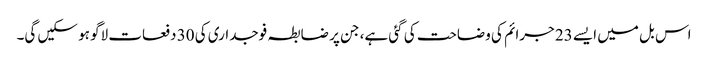
اس بل میں ایسے 23 جرائم کی وضاحت کی گئی ہے، جن پر ضابطہ فوجداری کی 30 دفعات لاگو ہو سکیں گی۔